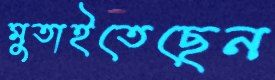
মুতাইতেছেন